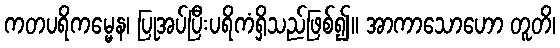
ကတပရိကမ္မေန၊ ပြုအပ်ပြီးပရိကံရှိသည်ဖြစ်၍။ အာကာသောဟော တူတိ၊